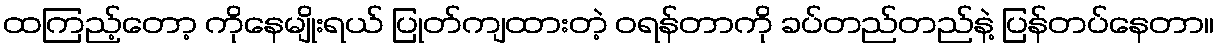
ထကြည့်တော့ ကိုနေမျိုးရယ် ပြုတ်ကျထားတဲ့ ဝရန်တာကို ခပ်တည်တည်နဲ့ ပြန်တပ်နေတာ။